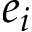
e _ { i }